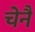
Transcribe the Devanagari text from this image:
चेनै